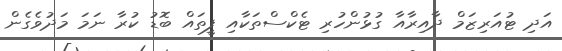
އަދި ޓުއަރިޒަމް ދާއިރާއާ ގުޅުންހުރި ޓެކްސްތަކާއި ފީތައް ބޮޑު ކުރާ ނަމަ މަދުވެގެން